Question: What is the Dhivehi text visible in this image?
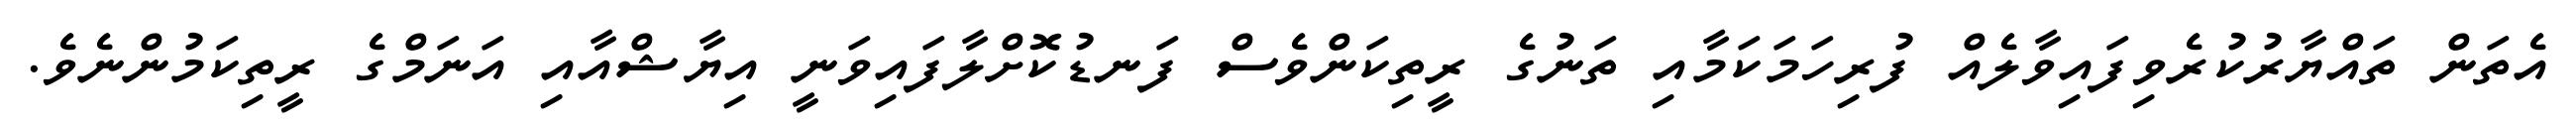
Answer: އެތަން ތައްޔާރުކުރެވިފައިވާލެއް ފުރިހަމަކަމާއި ތަނުގެ ރީތިކަންވެސް ފަނޑުކޮށްލާފައިވަނީ އިޔާޝްއާއި އަނަމްގެ ރީތިކަމުންނެވެ.